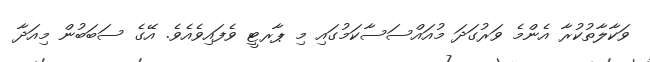
ވަކާލާތުކުރާ އެންމެ ވަރުގަދަ މުއައްސަސާކަމުގައި މި ޕާރޓީ ވެފައިވެއެވެ. އޭގެ ސަބަބުން މިއަދާ